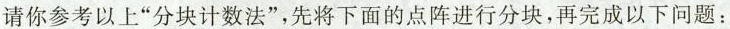
请你参考以上”分块计数法”，先将下面的点阵进行分块，再完成以下问题：